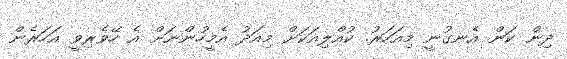
ދިން ކަން އެނގުނީ މިއަހަރު. ކުއްލިއަކަށް މިއަދު އެމީހުންނަށް އެ ހޭވެރިވީ އަހަރެން